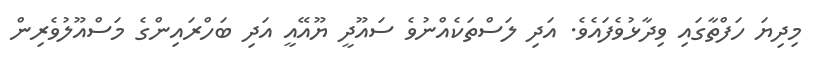
މިދިޔަ ހަފްތާގައި ވިދާޅުވެފައެވެ. އަދި ލަސްތަކެއްނުވެ ސައޫދީ ޔޫއޭއީ އަދި ބަހްރައިންގެ މަސްއޫލުވެރިން